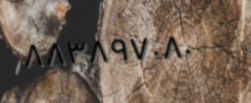
٨٨٣٨٩٧٠٨٠